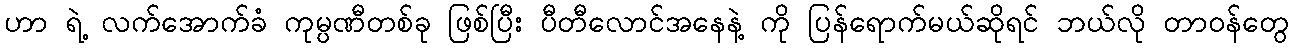
ဟာ ရဲ့ လက်အောက်ခံ ကုမ္ပဏီတစ်ခု ဖြစ်ပြီး ပီတီလောင်အနေနဲ့ ကို ပြန်ရောက်မယ်ဆိုရင် ဘယ်လို တာဝန်တွေ